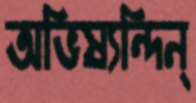
অভিষ্যন্দিন্